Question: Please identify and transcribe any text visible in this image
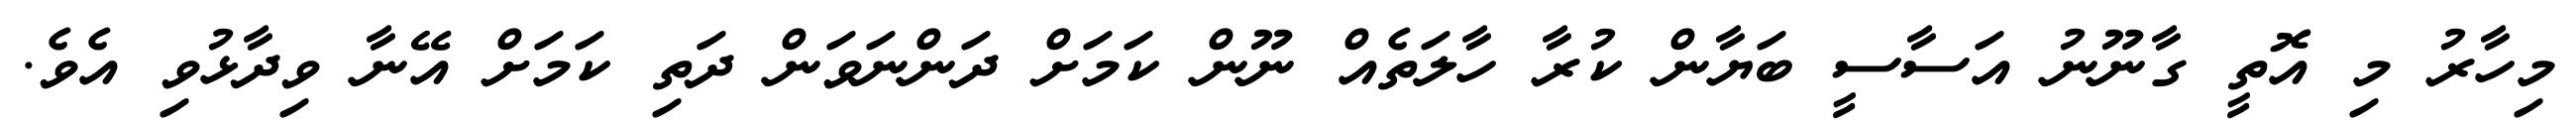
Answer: މިހާރު މި އޮތީ ގާނޫނު އަސާސީ ބަޔާން ކުރާ ހާލަތެއް ނޫން ކަމަށް ދަންނަވަން ދަތި ކަމަށް އޭނާ ވިދާޅުވި އެވެ.